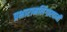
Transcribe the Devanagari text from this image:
प्रभारामलिंगास्वामी